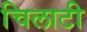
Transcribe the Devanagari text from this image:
चिलाटी